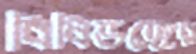
বিধিভঙ্গের